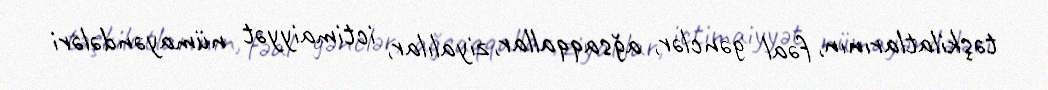
təşkilatlarının, fəal gənclər, ağsaqqallar, ziyalılar, ictimaiyyət nümayəndələri